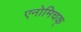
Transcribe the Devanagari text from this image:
एनोमिचक्